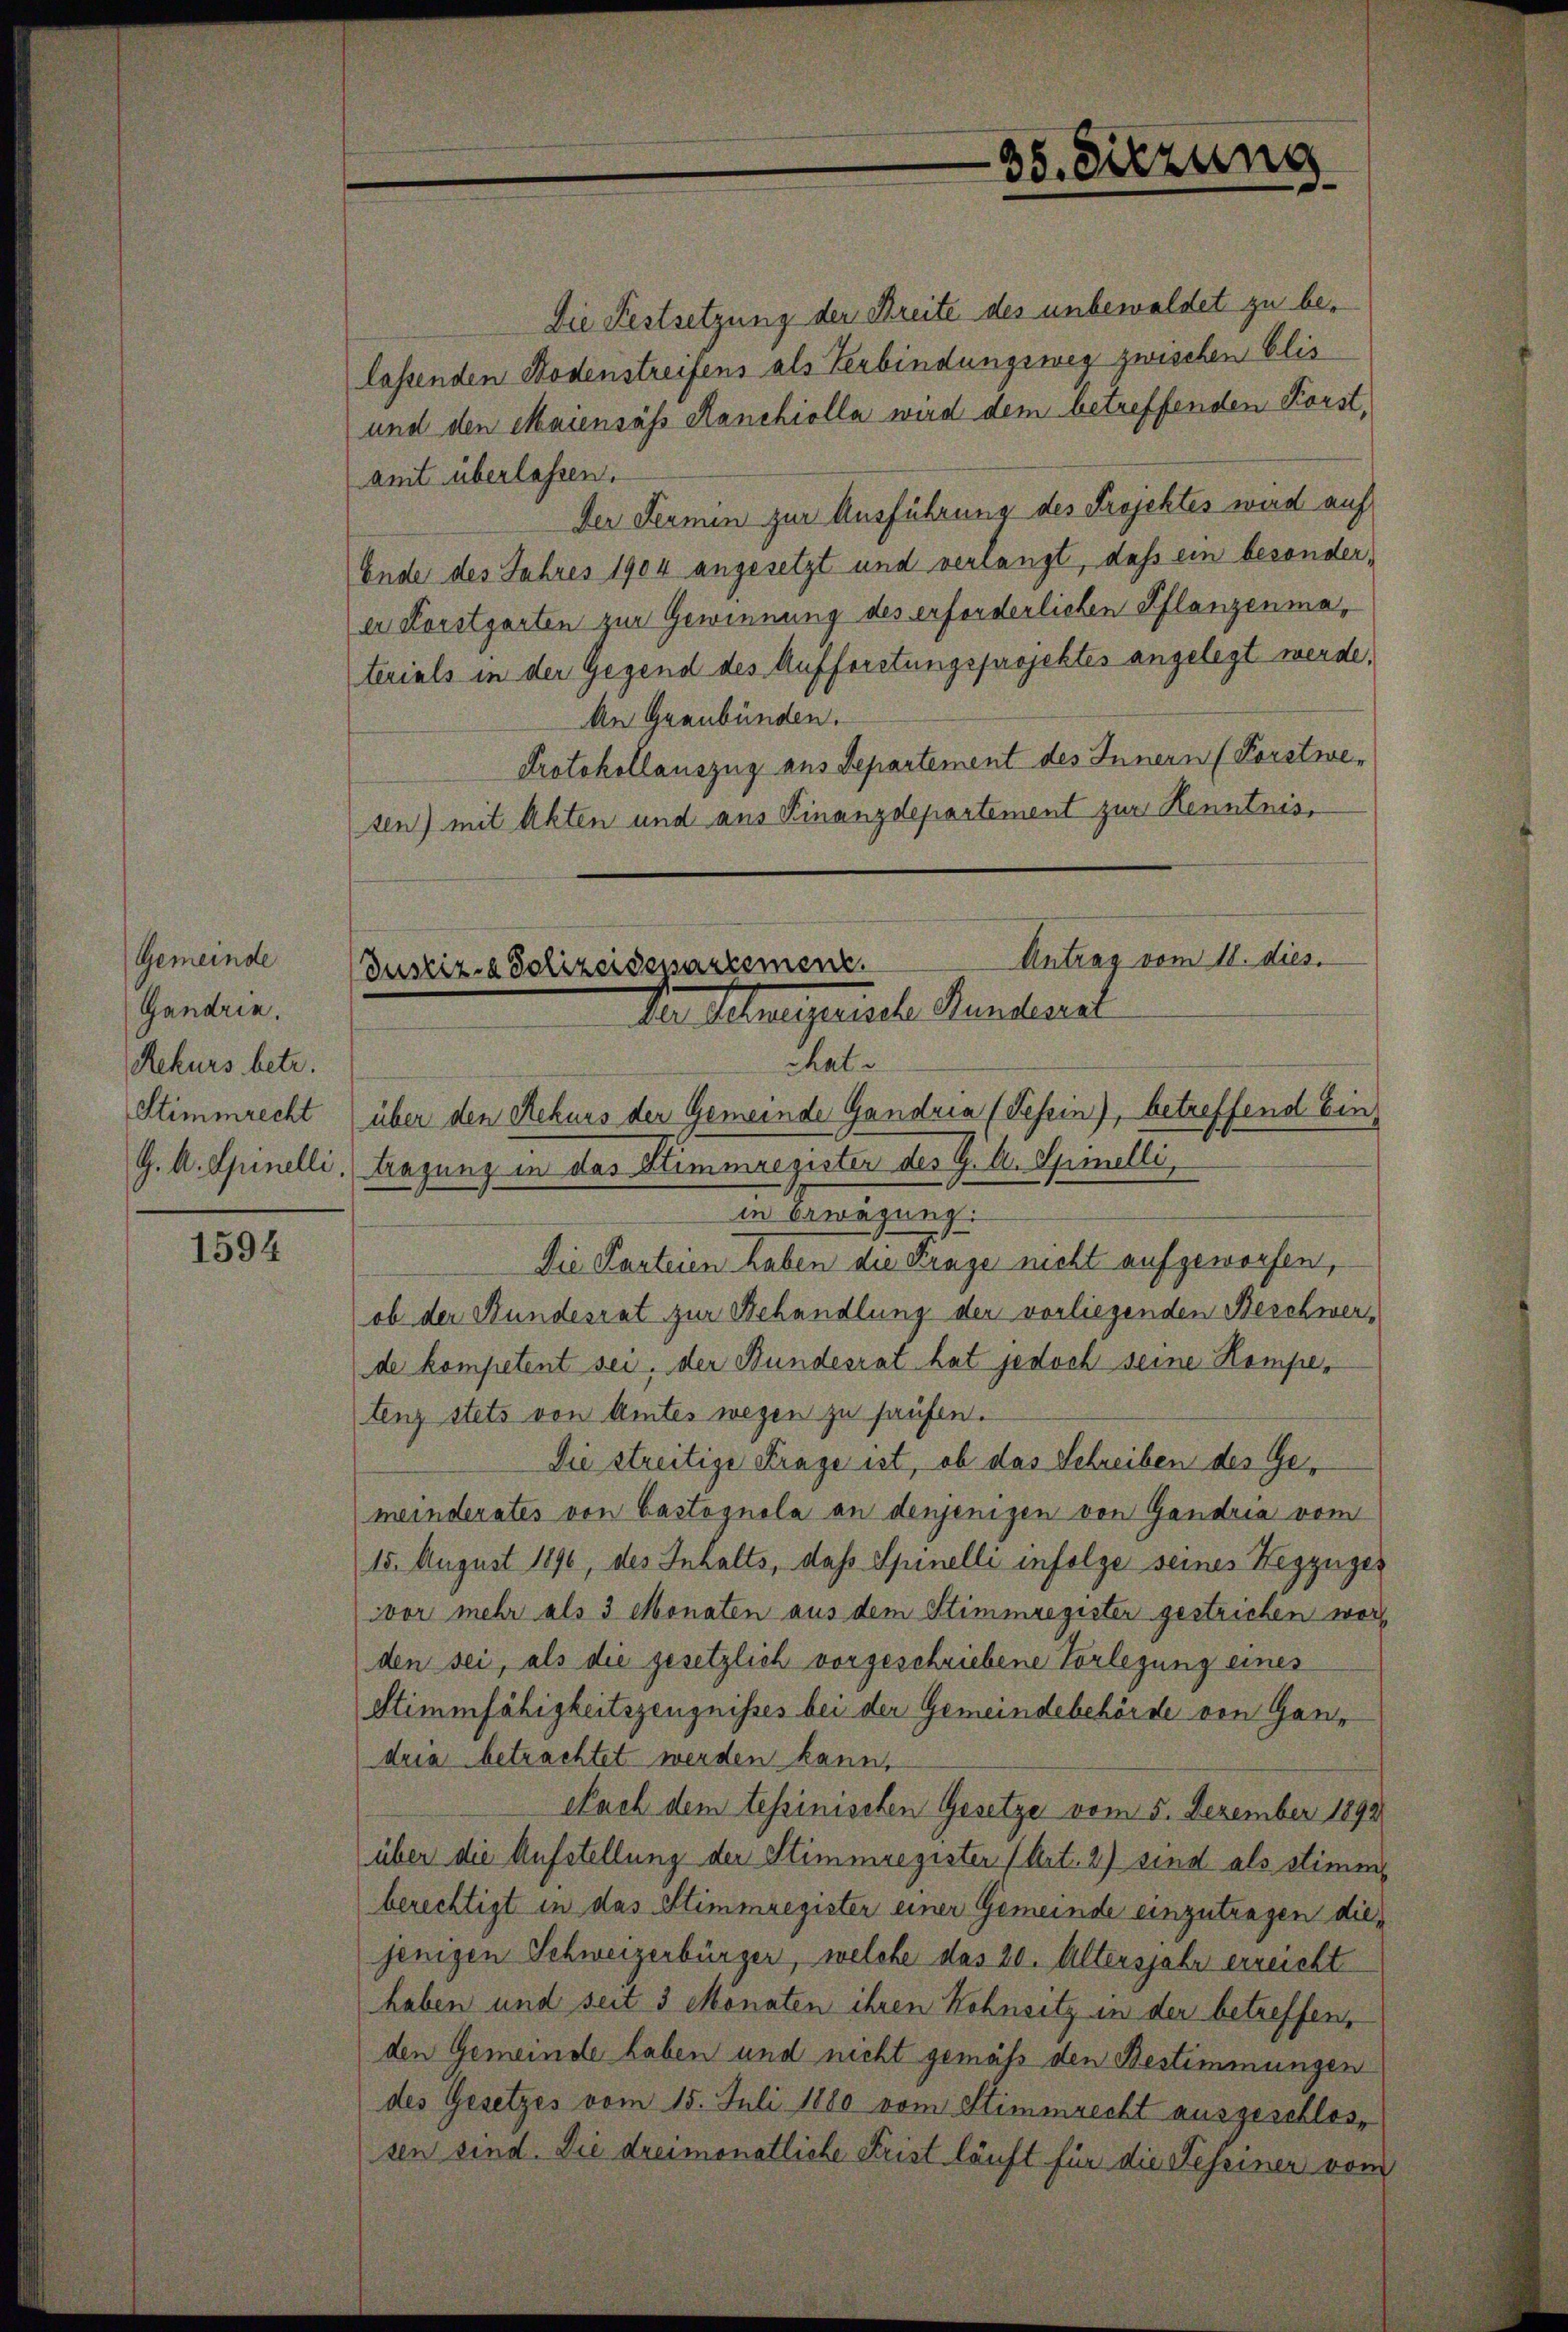
Gemeinde
Gandrin.
Rekurs betr.

1594

Antrag vom 11. dies.
Justiz- & Polizeidensartement.
Der Schnegerische Handerel
chat

G. A. Spinelli, tragung in das Stimmregister des G. A. Spielli

35. Sitzung

Die Festsetzung der Breite des unbewaldet zu belassenden Bodenstreifens als Verbindungsweg zwischen Elis
und den Maiensass Manchiolla wird dem betreffenden Forst,
amt überlassen.
Der Termin zur Ausführung des Projektes wird auf
Ende des Jahres 1904 angesetzt und verlangt, daß ein besonderer Forstgarten zur Gewinnung des erforderlichen Pflanzenmaterials in der Gegend des Aufforstungsprojektes angelegt werde,
An Graubünden.
Protokollauszug aus Departement des Innern (Forstwesen) mit Akten und aus Finanzdepartement zur Kenntnis,
Stimmrecht über den Rekurs der Gemeinde Gandria (Tesein), betreffend Ein
in Erwägung:
Die Parteien haben die Frage nicht aufgeworfen,
ob der Bundesrat zur Behandlung der vorliegenden Beschwerde kompetent sei, der Bundesrat hat jedoch seine Kompetenz stets von Amtes wegen zu haufen.
Die streitige Frage ist, ob das Schreiben des Gemeinderates von Castognola an denjenigen von Gandria vom
15. August 1890, des Inhalts, dass Spinelli infolge seines Wegzuges
wvor mehr als 3 Monaten aus dem Stimmregister gestrichen word
den sei, als die gesetzlich vorgeschriebene Vorlegung eines
Stimmfähigkeitszeugnisses bei der Gemeindebehörde von Ganz
dria betrachtet werden kann.
Nach dem tessinischen Gesetze vom 5. Dezember 1892
über die Aufstellung der Stimmregister (Art. 2) sind als stimm
berechtigt in das Stimmregister einer Gemeinde einzutragen diejenigen Schweizerbürger, welche das 20. Altersjahr erreicht
haben und seit 3 Monaten ihren Kohnsitz in der betreffen,
den Gemeinde haben und nicht gemäß den Bestimmungen
des Gesetzes vom 15. Juli 1880 vom Stimmrecht ausgeschlossen sind. Die dreimonatliche Frist läuft für die Feseinen vom